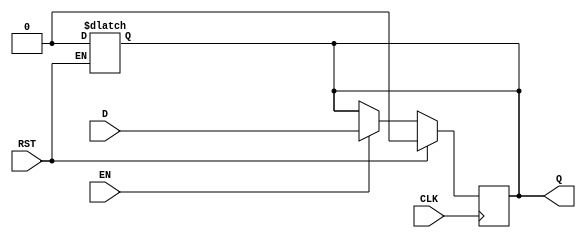
module output_register (
    input wire D,       // Data Input
    input wire CLK,     // Clock
    input wire EN,      // Enable
    input wire RST,     // Reset
    output reg Q        // Data Output
);

    // Asynchronous Reset
    always @* begin
        if (RST) begin
            Q = 1'b0;  // Set Q to 0 on reset
        end
    end

    // Sequential Logic for Register Update
    always @(posedge CLK) begin
        if (RST) begin
            Q <= 1'b0;  // Reset Q on reset signal
        end else if (EN) begin
            Q <= D;     // Update Q with D on clock edge if enabled
        end
        // If EN is low, Q retains its previous value
    end

endmodule